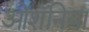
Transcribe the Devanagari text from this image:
ओशॅनिया